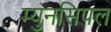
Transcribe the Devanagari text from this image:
म्युनसिपल